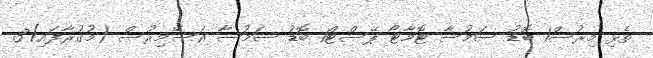
ތެޅި މިރުސް1 ބޮޑު ސަމުސާ ޓޮމާޓޯ ޕޭސްޓް1 ބޮޑު ސަމުސާ އަސޭމިރުސް (މުގުރާފައި)3